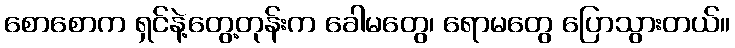
စောစောက ရှင်နဲ့တွေ့တုန်းက ခေါမတွေ၊ ရောမတွေ ပြောသွားတယ်။